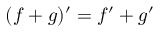
( f + g ) ^ { \prime } = f ^ { \prime } + g ^ { \prime }